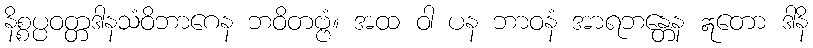
နိစ္စပ္ပဝတ္တဒါနသံဝိဘာဂေန ဘဝိတဗ္ဗံ။ အထ ဝါ ပန ဘာဝနံ အာရဘန္တေန ဣတော ဒါနိ